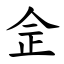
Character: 佱